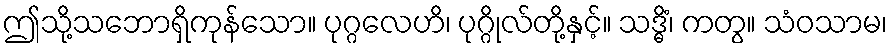
ဤသို့သဘောရှိကုန်သော။ ပုဂ္ဂလေဟိ၊ ပုဂ္ဂိုလ်တို့နှင့်။ သဒ္ဓိံ၊ ကတွ။ သံဝသာမ၊